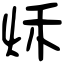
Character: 秌